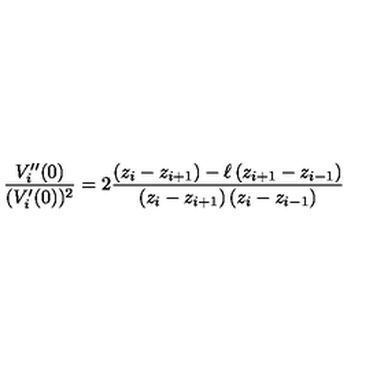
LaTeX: \frac { V _ { i } ^ { \prime \prime } ( 0 ) } { ( V _ { i } ^ { \prime } ( 0 ) ) ^ { 2 } } = 2 \frac { \left( z _ { i } - z _ { i + 1 } \right) - \ell \left( z _ { i + 1 } - z _ { i - 1 } \right) } { \left( z _ { i } - z _ { i + 1 } \right) \left( z _ { i } - z _ { i - 1 } \right) }